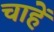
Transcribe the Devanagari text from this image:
चाहेँ